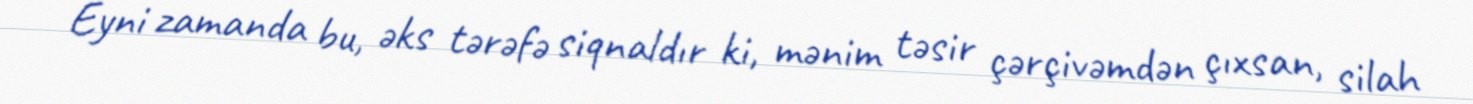
Eyni zamanda bu, əks tərəfə siqnaldır ki, mənim təsir çərçivəmdən çıxsan, silah